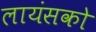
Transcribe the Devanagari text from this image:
लायंसको